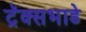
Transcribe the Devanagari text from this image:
ट्रॅक्सभाडे